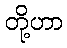
တို့ဟာ